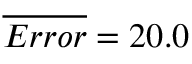
\overline { { E r r o r } } = 2 0 . 0 \